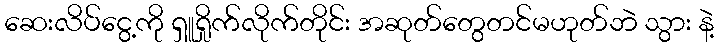
ဆေးလိပ်ငွေ့ကို ရှူရှိုက်လိုက်တိုင်း အဆုတ်တွေတင်မဟုတ်ဘဲ သွား နဲ့